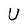
Character: U